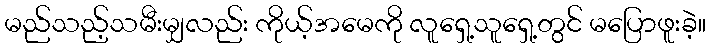
မည်သည့်သမီးမျှလည်း ကိုယ့်အမေကို လူရှေ့သူရှေ့တွင် မပြောဖူးခဲ့။